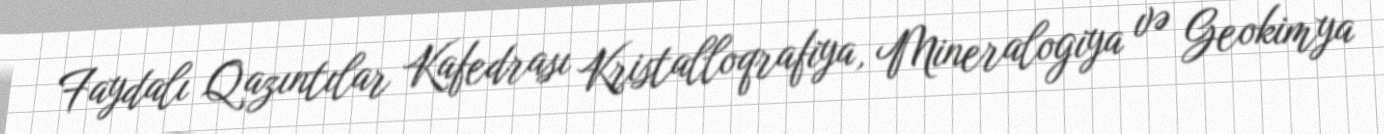
Faydalı Qazıntılar Kafedrası Kristalloqrafiya, Mineralogiya və Geokimya